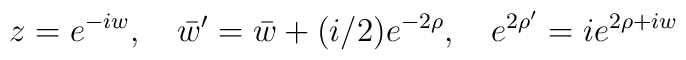
z = e^{-iw}, \quad \bar w' = \bar w + (i/2) e^{-2\rho}, \quad e^{2\rho'} = ie^{2\rho+i w}